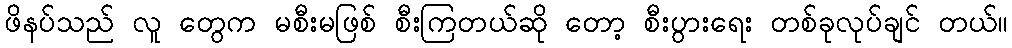
ဖိနပ်သည် လူ တွေက မစီးမဖြစ် စီးကြတယ်ဆို တော့ စီးပွားရေး တစ်ခုလုပ်ချင် တယ်။